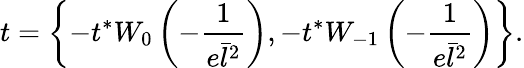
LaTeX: t=\left\{ -t^{*}W_{0}\left(-\frac{1}{e\bar{l}^{2}}\right),-t^{*}W_{-1}\left(-\frac{1}{e\bar{l}^{2}}\right)\right\} .